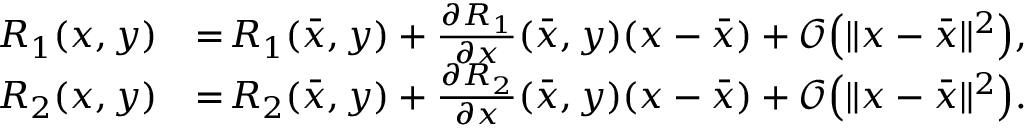
\begin{array} { r } { \begin{array} { r l } { R _ { 1 } ( x , y ) } & { = \! R _ { 1 } ( \bar { x } , y ) + \frac { \partial R _ { 1 } } { \partial x } ( \bar { x } , y ) ( x - \bar { x } ) + \mathcal { O } \! \left( \Vert x - \bar { x } \Vert ^ { 2 } \right) \! , } \\ { R _ { 2 } ( x , y ) } & { = \! R _ { 2 } ( \bar { x } , y ) + \frac { \partial R _ { 2 } } { \partial x } ( \bar { x } , y ) ( x - \bar { x } ) + \mathcal { O } \! \left( \Vert x - \bar { x } \Vert ^ { 2 } \right) \! . } \end{array} } \end{array}